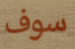
سوف